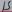
Text: 15